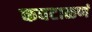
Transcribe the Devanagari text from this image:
कवटाळणं